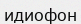
идиофон